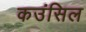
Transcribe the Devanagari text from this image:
कउंसिल